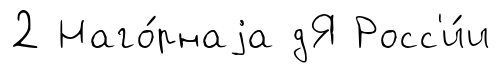
2 Наго́рнаjа дЯ Росс'и́и